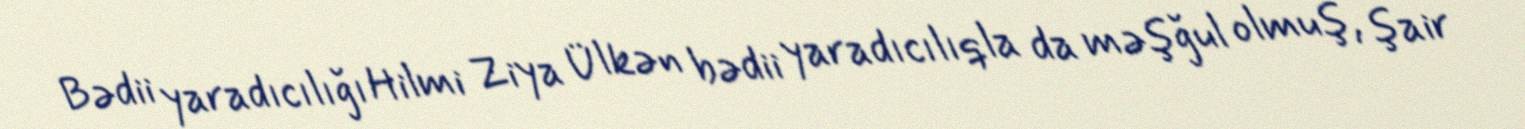
Bədii yaradıcılığı Hilmi Ziya Ülkən bədii yaradıcılıqla da məşğul olmuş, şair